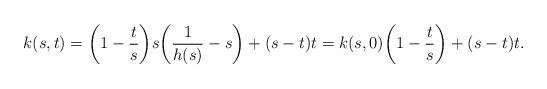
LaTeX: \begin{align*} k(s,t)=\bigg( 1-\frac{t}{s} \bigg)s\bigg(\frac{1}{h(s)}-s \bigg)+(s-t)t=k(s,0)\bigg( 1-\frac{t}{s} \bigg)+(s-t)t.\end{align*}